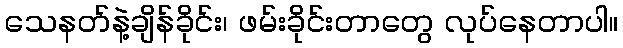
သေနတ်နဲ့ချိန်ခိုင်း၊ ဖမ်းခိုင်းတာတွေ လုပ်နေတာပါ။